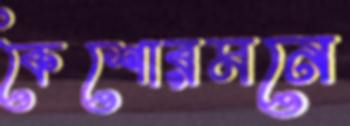
কৈশোরমনে